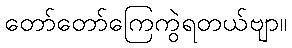
တော်တော်ကြေကွဲရတယ်ဗျာ။